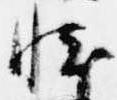
懐